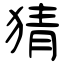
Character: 猜